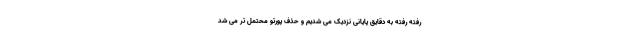
رفته رفته به دقایق پایانی نزدیک می شدیم و حذف پورتو محتمل تر می شد